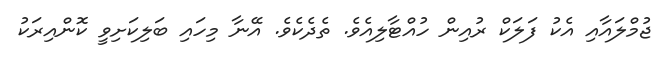
ޖުމްލައާއި އެކު ފަލަކް ރުއިން ހުއްޓާލިއެވެ. ތެދެކެވެ. އޭނާ މިހައި ބަލިކަށިވީ ކޮންއިރަކު